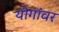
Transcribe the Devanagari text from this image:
योगांवर